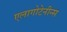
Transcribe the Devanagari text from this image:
एलागोटेनीन्स